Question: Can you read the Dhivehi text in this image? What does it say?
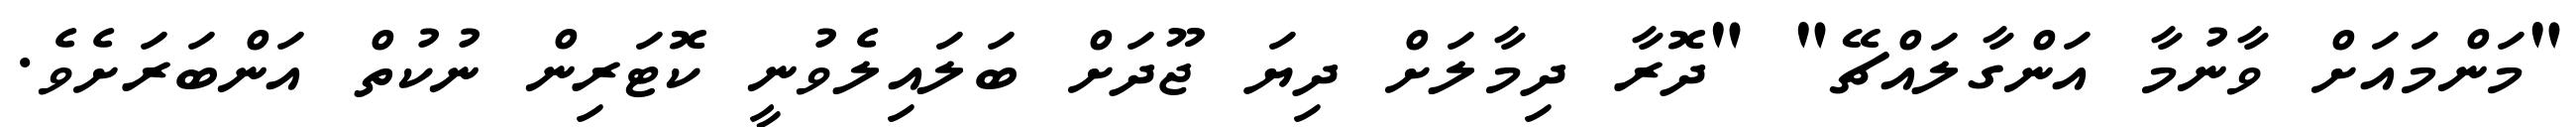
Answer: "މަންމައަށް ވާނުމާ އަންގާލައްޗޭ" "ދޮރާ ދިމާލަށް ދިޔަ ޖޫދަށް ބަލައިލެވުނީ ކޮޓަރިން ނުކުތް އަންބަރަށެވެ.